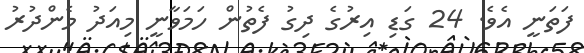
ފަތަނީ އެވެ. 24 ގަޑި އިރުގެ ދިގު ފެތުން ހަމަވާނީ މިއަދު މެންދުރު